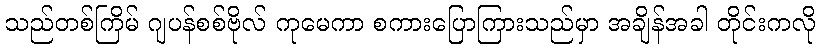
သည်တစ်ကြိမ် ဂျပန်စစ်ဗိုလ် ကုမေကာ စကားပြောကြားသည်မှာ အချိန်အခါ တိုင်းကလို